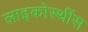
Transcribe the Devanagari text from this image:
लाइकोस्थींस